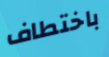
باختطاف